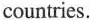
countries.